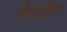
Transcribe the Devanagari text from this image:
सेराजीवो